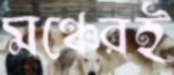
মঞ্চেরই